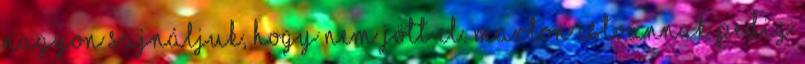
nagyon sajnáljuk, hogy nem jött el. Marton Istvánnak pedig